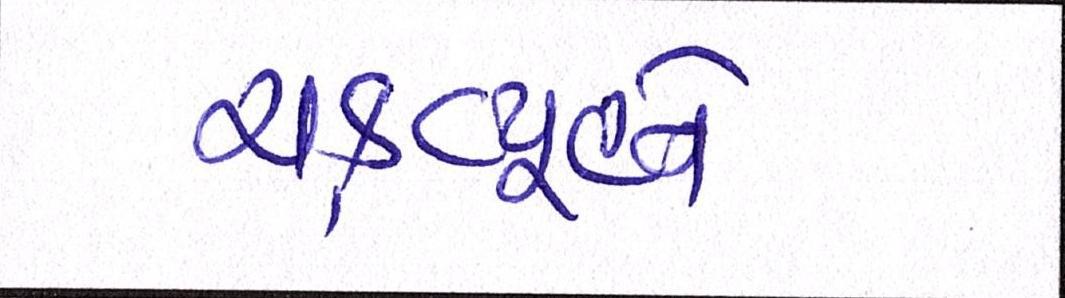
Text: ચક્રવ્યૂહને